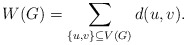
\begin{align*} W(G)=\displaystyle\sum_{\{u,v\} \subseteq V(G)} d(u,v).\end{align*}